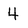
Character: 4